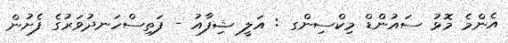
އެންމެ މޮޅު ސައުންޑް މިކްސިންގ : އަލީ ޝިފާއު - ފަތިސްހަނދުވަރުގެ ފެށުން